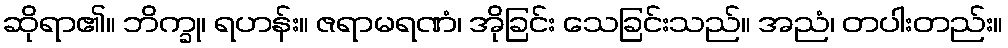
ဆိုရာ၏။ ဘိက္ခု၊ ရဟန်း။ ဇရာမရဏံ၊ အိုခြင်း သေခြင်းသည်။ အညံ၊ တပါးတည်း။